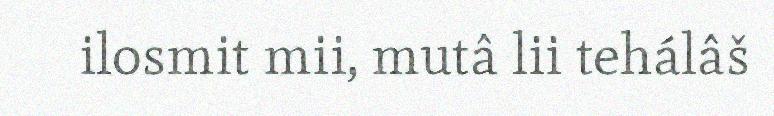
ilosmit mii, mutâ lii tehálâš